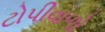
ટોપીવાળો